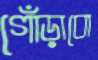
গোঁড়াবো